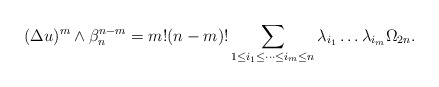
\begin{align*} \begin{aligned} (\Delta u)^{m}\wedge \beta_n ^{n-m}=m!(n-m)!\sum_{1\leq i_1 \leq \dots \leq i_m \leq n}\lambda_{i_1}\dots \lambda_{i_m}\Omega_{2n}.\end{aligned} \end{align*}